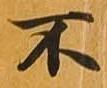
不